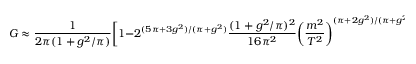
G \approx \frac { 1 } { 2 \pi ( 1 + g ^ { 2 } / \pi ) } \bigg [ 1 - 2 ^ { ( 5 \pi + 3 g ^ { 2 } ) / ( \pi + g ^ { 2 } ) } \frac { ( 1 + g ^ { 2 } / \pi ) ^ { 2 } } { 1 6 \pi ^ { 2 } } \bigg ( \frac { m ^ { 2 } } { T ^ { 2 } } \bigg ) ^ { ( \pi + 2 g ^ { 2 } ) / ( \pi + g ^ { 2 } ) } \bigg ] .